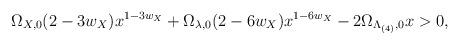
LaTeX: \begin{align*}\Omega_{X,0}(2-3w_{X})x^{1-3w_{X}} +\Omega_{\lambda,0}(2-6w_{X})x^{1-6w_{X}} -2\Omega_{\Lambda_{(4)},0}x > 0 ,\end{align*}